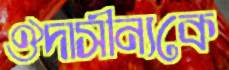
ঔদাসীন্যকে